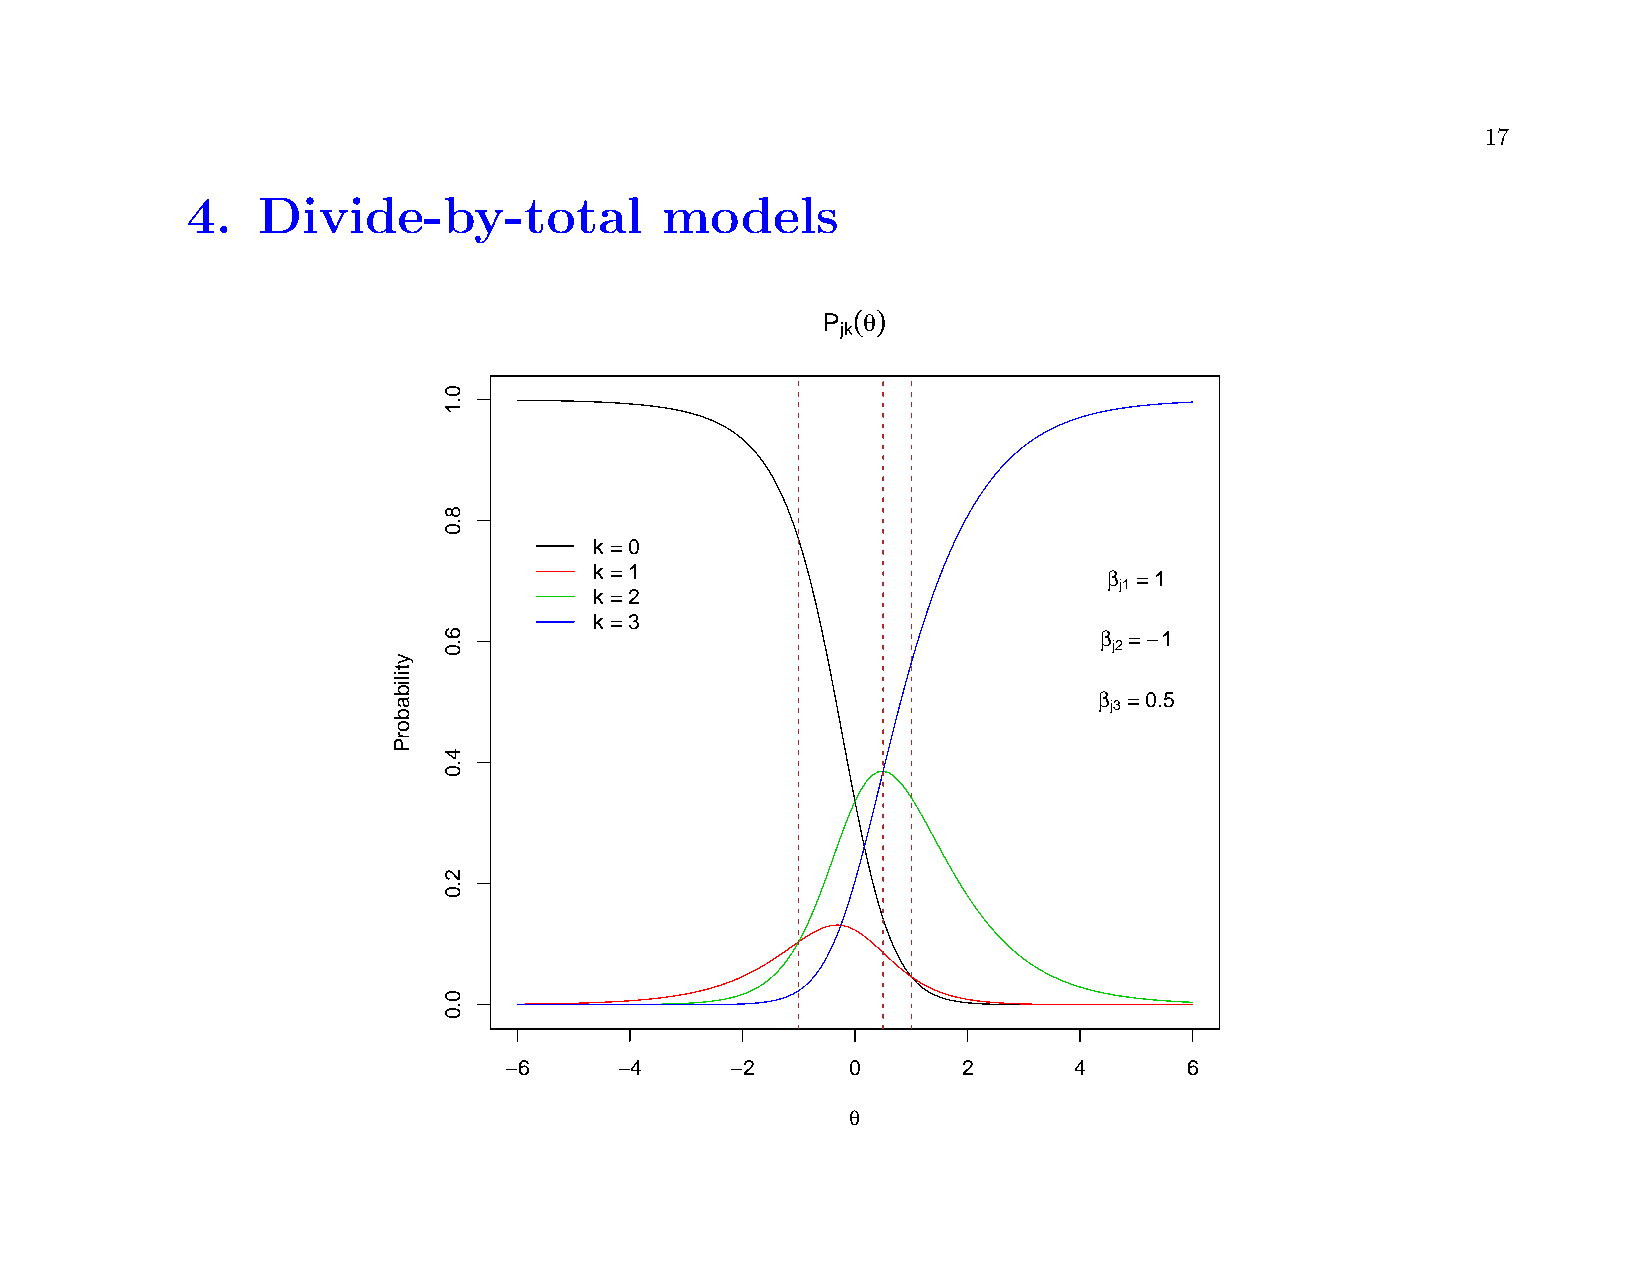
17
 4.   Divide-by-total            models
 ( )
 P  q
 jk
 k = 0
 k = 1                             b = 1
 j1
 k = 2
 k = 3
 b = - 1
 j2
 b = 0.5
 j3
 −6      −4     −2      0       2      4       6
 q
 ytilibaborP
 0.1
 8.0
 6.0
 4.0
 2.0
 0.0